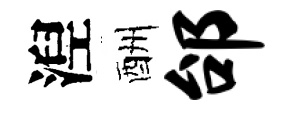
湼酬邰